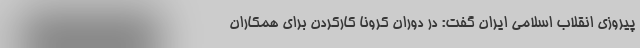
پیروزی انقلاب اسلامی ایران گفت: در دوران کرونا کارکردن برای همکاران